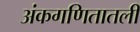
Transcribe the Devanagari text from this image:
अंकगणितातली